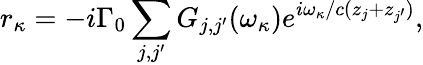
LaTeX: r_{{{\kappa}}}=-i\Gamma_{0}\sum_{j,j^{\prime}}G_{j,j^{\prime}}(\omega_{{{\kappa}}})e^{i\omega_{{{\kappa}}}/c(z_{j}+z_{j^{\prime}})},